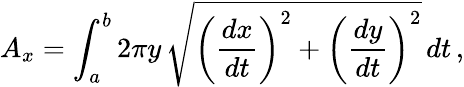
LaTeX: A_{x}=\int_{a}^{b}2\pi y\, {\sqrt{\left({\frac{dx}{dt}}\right)^{2}+\left({\frac{dy}{dt}}\right)^{2}}}\, dt\, ,